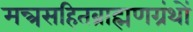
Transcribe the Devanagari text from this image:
मन्त्रसहितब्राह्मणग्रंथों